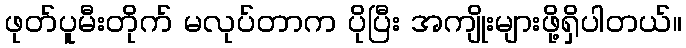
ဖုတ်ပူမီးတိုက် မလုပ်တာက ပိုပြီး အကျိုးများဖို့ရှိပါတယ်။